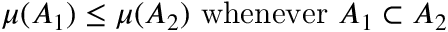
\mu ( A _ { 1 } ) \leq \mu ( A _ { 2 } ) { \mathrm { ~ w h e n e v e r ~ } } A _ { 1 } \subset A _ { 2 }